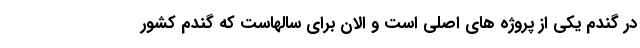
در گندم یکی از پروژه های اصلی است و الان برای سالهاست که گندم کشور